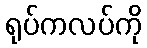
ရုပ်ကလပ်ကို